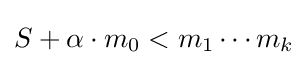
S+\alpha \cdot m_{0}<m_{1}\cdots m_{k}